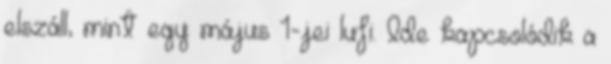
elszáll, mint egy május 1-jei lufi. Ide kapcsolódik a